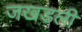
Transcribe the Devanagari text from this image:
जखडली